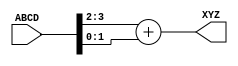
module add2_bits(ABCD, XYZ);
  input [3:0] ABCD;
  output [2:0] XYZ;

  assign XYZ = ABCD[3:2] + ABCD[1:0];

endmodule